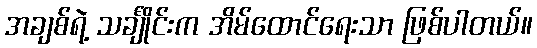
အချစ်ရဲ့ သင်္ချိုင်းက အိမ်ထောင်ရေးသာ ဖြစ်ပါတယ်။